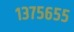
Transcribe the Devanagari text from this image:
१३७५६५५